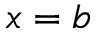
x = b